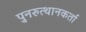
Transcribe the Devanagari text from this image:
पुनरुत्थानकर्ता